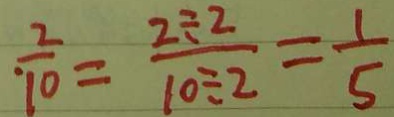
\frac { 2 } { 1 0 } = \frac { 2 \div 2 } { 1 0 \div 2 } = \frac { 1 } { 5 }